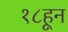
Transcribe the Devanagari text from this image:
१८हून